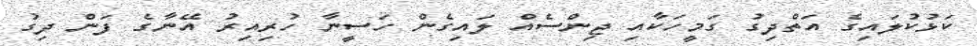
ކަޅުކުލައިގެ އަތްދިގު ގަމީހަކާއި ޖިންސެއް ލައިގެން ހަސީނާ ހުރިއިރު އޭނާގެ ފަން ދިގު